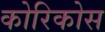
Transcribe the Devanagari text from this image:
कोरिकोस